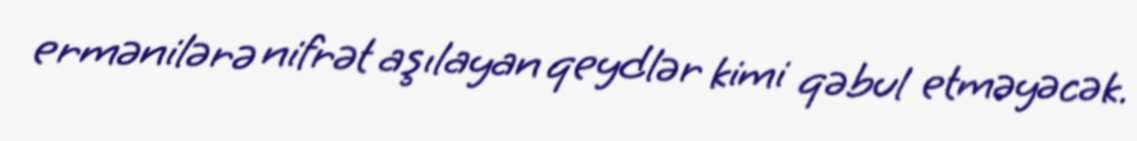
ermənilərə nifrət aşılayan qeydlər kimi qəbul etməyəcək.